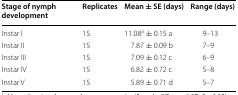
| Stage of nymph development | Replicates | Mean ± SE (days) | Range (days) |
 | --- | --- | --- | --- |
 | Instar I | 15 | 11.08a ± 0.15 a | 9–13 |
 | Instar II | 15 | 7.87 ± 0.09 b | 7–9 |
 | Instar III | 15 | 7.09 ± 0.12 c | 6–9 |
 | Instar IV | 15 | 6.82 ± 0.72 c | 5–8 |
 | Instar V | 15 | 5.89 ± 0.71 d | 5–7 |